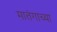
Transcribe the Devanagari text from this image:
मातंगाच्या